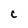
Character: C